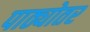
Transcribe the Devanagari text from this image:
पाठ्योतर